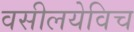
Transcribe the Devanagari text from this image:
वसीलयेविच